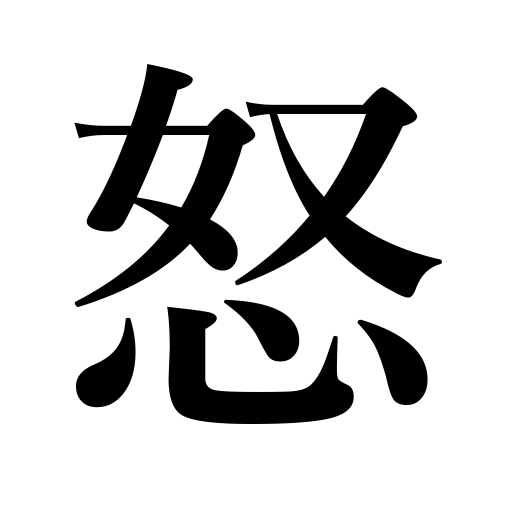
Meanings: become angry,become excited,be offended